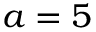
a = 5